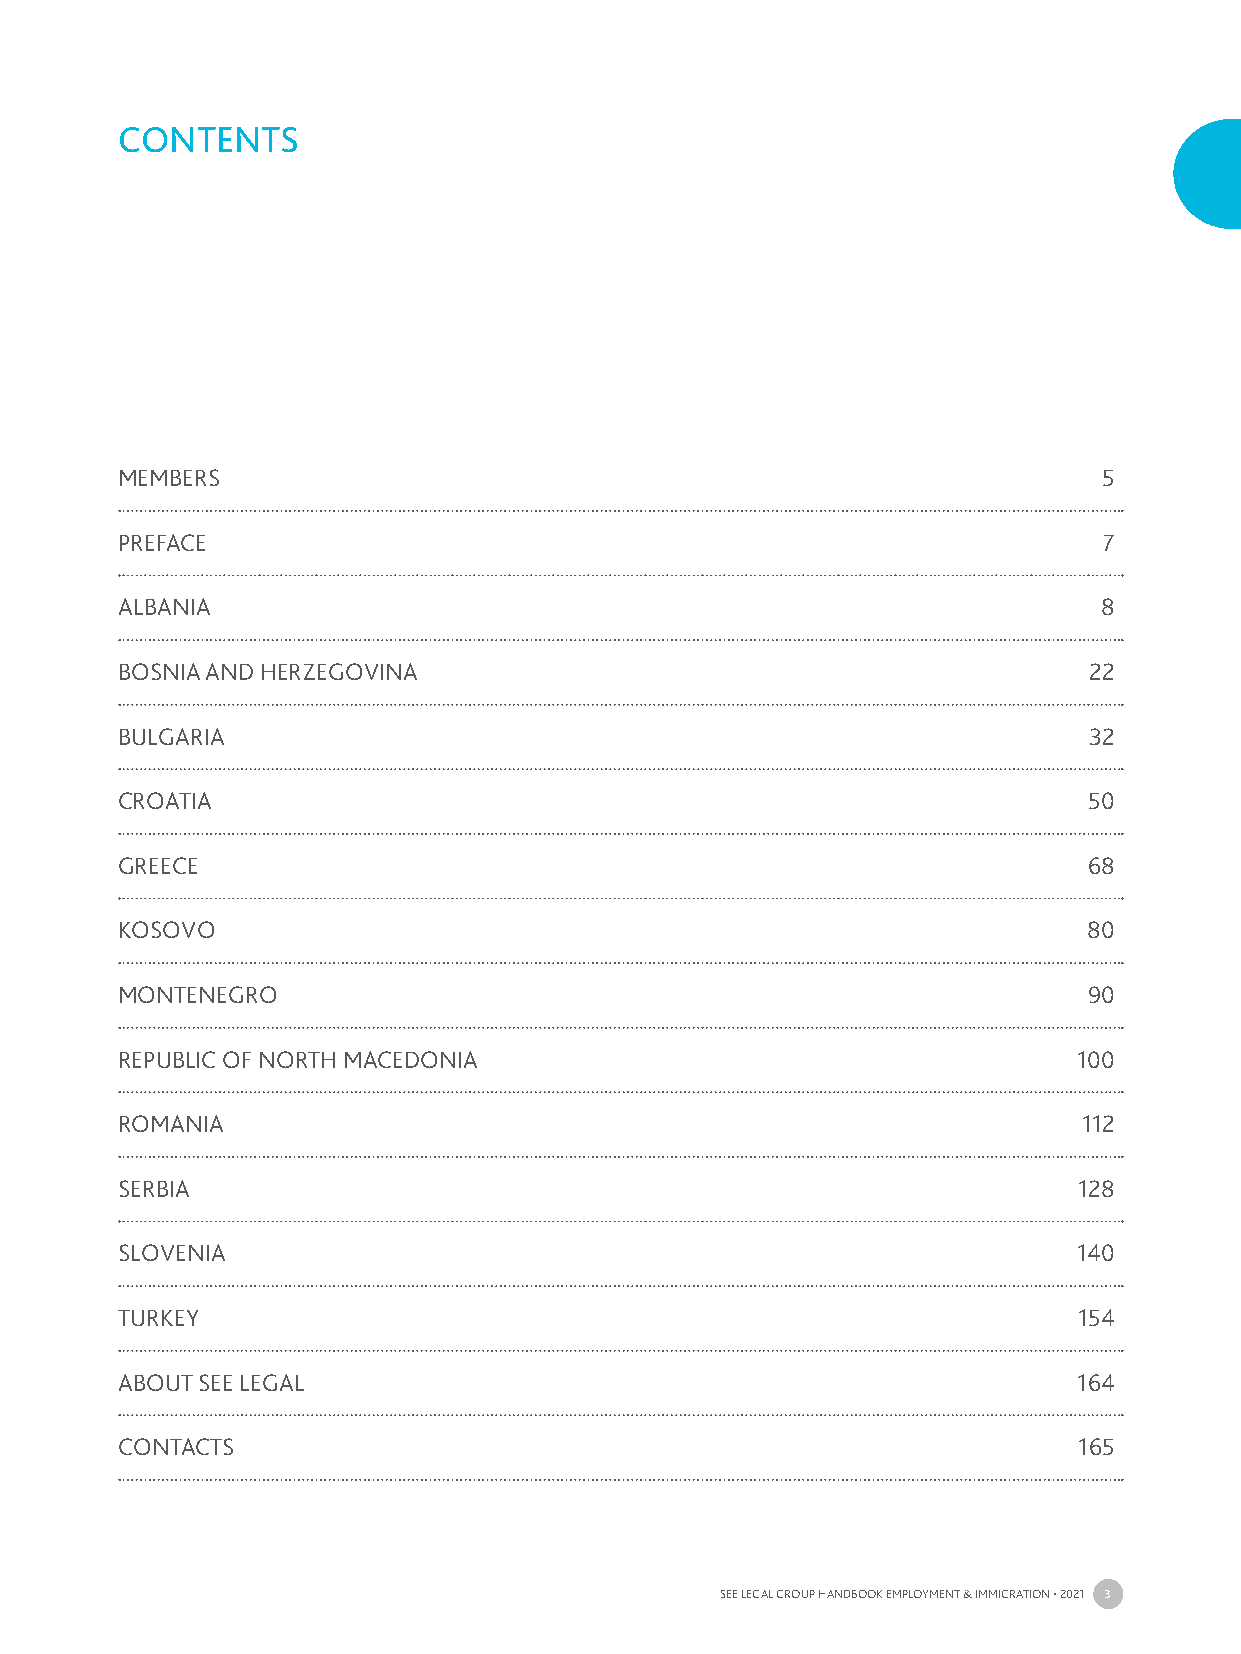
CONTENTS
 MEMBERS                                                          5
 PREFACE                                                          7
 ALBANIA                                                          8
 BOSNIA AND HERZEGOVINA                                          22
 BULGARIA                                                        32
 CROATIA                                                         50
 GREECE                                                          68
 KOSOVO                                                          80
 MONTENEGRO                                                      90
 REPUBLIC OF NORTH MACEDONIA                                    100
 ROMANIA                                                         112
 SERBIA                                                         128
 SLOVENIA                                                       140
 TURKEY                                                         154
 ABOUT SEE LEGAL                                                164
 CONTACTS                                                       165
 SEE LEGAL GROUP HANDBOOK EMPLOYMENT & IMMIGRATION • 2021 3